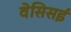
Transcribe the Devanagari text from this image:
वेसिसई